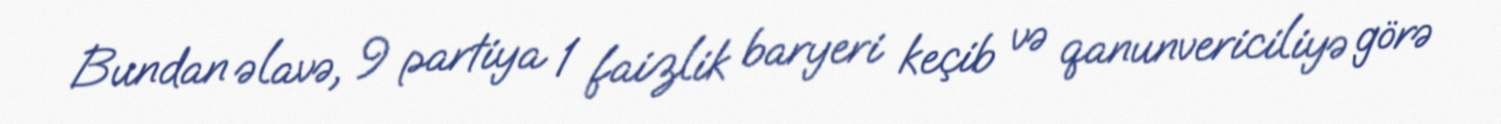
Bundan əlavə, 9 partiya 1 faizlik baryeri keçib və qanunvericiliyə görə